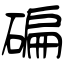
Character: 碥